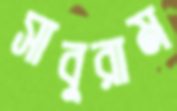
সাবুরাম